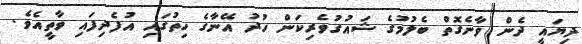
ދިޔައީ ދެން ވާނެގޮތް ބެލުމުގެ ޝައުގުވެރިކަން ހުދު އޭނާގެ ހިތުގައި އުފެދިފައި ވާތީއެވެ.